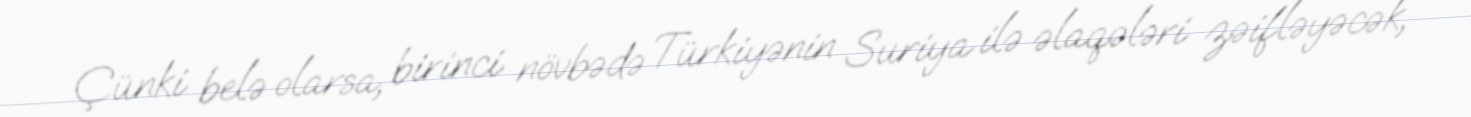
Çünki belə olarsa, birinci növbədə Türkiyənin Suriya ilə əlaqələri zəifləyəcək,